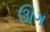
ઊગ